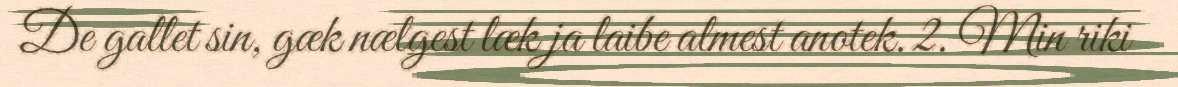
De gallet sin, gæk nælgest læk ja laibe almest anotek. 2. Min riki